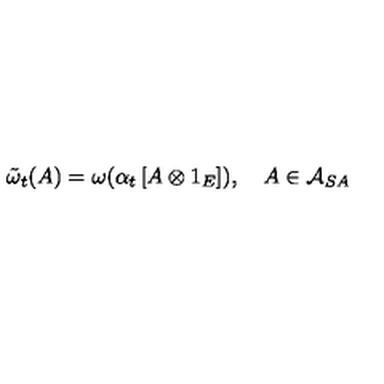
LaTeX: \tilde { \omega } _ { t } ( A ) = \omega ( \alpha _ { t } \left[ A \otimes 1 _ { E } \right] ) , \quad A \in \mathcal { A } _ { S A }